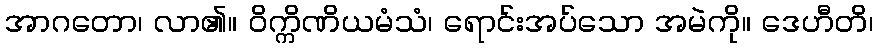
အာဂတော၊ လာ၏။ ဝိက္ကိဏိယမံသံ၊ ရောင်းအပ်သော အမဲကို။ ဒေဟီတိ၊